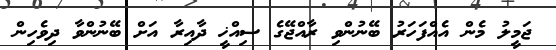
ޖަމީލު މެން އެއްފަހަރު ބޭނުންވި ރާއްޖޭގެ ސިއްޚީ ދާއިރާ އަށް ބޭނުންވާ ދިވެހިން